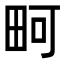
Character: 𪽎